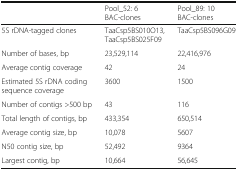
|  | Pool_52: 6 BAC-clones | Pool_89: 10 BAC-clones |
 | --- | --- | --- |
 | 5S rDNA-tagged clones | TaaCsp5BS010O13, TaaCsp5BS025F09 | TaaCsp5BS096G09 |
 | Number of bases, bp | 23,529,114 | 22,416,976 |
 | Average contig coverage | 42 | 24 |
 | Estimated 5S rDNA coding sequence coverage | 3600 | 1500 |
 | Number of contigs >500 bp | 43 | 116 |
 | Total length of contigs, bp | 433,354 | 650,514 |
 | Average contig size, bp | 10,078 | 5607 |
 | N50 contig size, bp | 52,492 | 9364 |
 | Largest contig, bp | 10,664 | 56,645 |